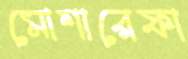
মোশারেফা